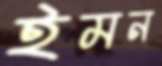
ইমন